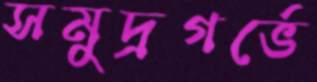
সমুদ্রগর্ভে